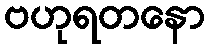
ဗဟုရတနော